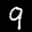
Label: 9